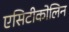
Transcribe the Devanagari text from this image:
एसिटीकोलिन